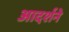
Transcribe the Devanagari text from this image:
आदर्शने